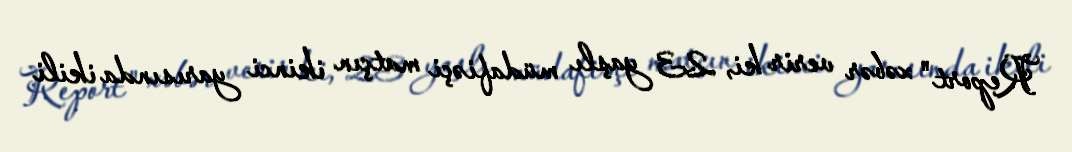
Report" xəbər verir ki, 23 yaşlı müdafiəçi matçın ikinci yarısında ikili